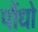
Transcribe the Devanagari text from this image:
पौंधो